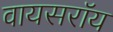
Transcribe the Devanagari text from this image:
वायसराॅय